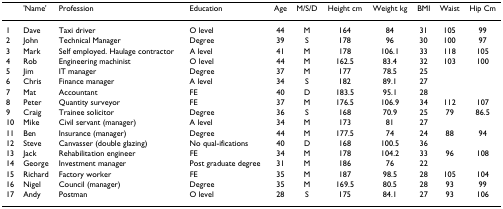
<table><thead><tr><td></td><td><b>&#x27;Name&#x27;</b></td><td><b>Profession</b></td><td><b>Education</b></td><td><b>Age</b></td><td><b>M/S/D</b></td><td><b>Height cm</b></td><td><b>Weight kg</b></td><td><b>BMI</b></td><td><b>Waist</b></td><td><b>Hip Cm</b></td></tr></thead><tbody><tr><td>1</td><td>Dave</td><td>Taxi driver</td><td>O level</td><td>44</td><td>M</td><td>164</td><td>84</td><td>31</td><td>105</td><td>99</td></tr><tr><td>2</td><td>John</td><td>Technical Manager</td><td>Degree</td><td>39</td><td>S</td><td>178</td><td>96</td><td>30</td><td>100</td><td>97</td></tr><tr><td>3</td><td>Mark</td><td>Self employed. Haulage contractor</td><td>A level</td><td>41</td><td>M</td><td>178</td><td>106.1</td><td>33</td><td>118</td><td>105</td></tr><tr><td>4</td><td>Rob</td><td>Engineering machinist</td><td>O level</td><td>44</td><td>M</td><td>162.5</td><td>83.4</td><td>32</td><td>103</td><td>100</td></tr><tr><td>5</td><td>Jim</td><td>IT manager</td><td>Degree</td><td>37</td><td>M</td><td>177</td><td>78.5</td><td>25</td><td></td><td></td></tr><tr><td>6</td><td>Chris</td><td>Finance manager</td><td>A level</td><td>34</td><td>S</td><td>182</td><td>89.1</td><td>27</td><td></td><td></td></tr><tr><td>7</td><td>Mat</td><td>Accountant</td><td>FE</td><td>40</td><td>D</td><td>183.5</td><td>95.1</td><td>28</td><td></td><td></td></tr><tr><td>8</td><td>Peter</td><td>Quantity surveyor</td><td>FE</td><td>37</td><td>M</td><td>176.5</td><td>106.9</td><td>34</td><td>112</td><td>107</td></tr><tr><td>9</td><td>Craig</td><td>Trainee solicitor</td><td>Degree</td><td>36</td><td>S</td><td>168</td><td>70.9</td><td>25</td><td>79</td><td>86.5</td></tr><tr><td>10</td><td>Mike</td><td>Civil servant (manager)</td><td>A level</td><td>34</td><td>M</td><td>173</td><td>81</td><td>27</td><td></td><td></td></tr><tr><td>11</td><td>Ben</td><td>Insurance (manager)</td><td>Degree</td><td>44</td><td>M</td><td>177.5</td><td>74</td><td>24</td><td>88</td><td>94</td></tr><tr><td>12</td><td>Steve</td><td>Canvasser (double glazing)</td><td>No qual-ifications</td><td>40</td><td>D</td><td>168</td><td>100.5</td><td>36</td><td></td><td></td></tr><tr><td>13</td><td>Jack</td><td>Rehabilitation engineer</td><td>FE</td><td>34</td><td>M</td><td>178</td><td>104.2</td><td>33</td><td>96</td><td>108</td></tr><tr><td>14</td><td>George</td><td>Investment manager</td><td>Post graduate degree</td><td>31</td><td>M</td><td>186</td><td>76</td><td>22</td><td></td><td></td></tr><tr><td>15</td><td>Richard</td><td>Factory worker</td><td>FE</td><td>35</td><td>M</td><td>187</td><td>98.5</td><td>28</td><td>105</td><td>104</td></tr><tr><td>16</td><td>Nigel</td><td>Council (manager)</td><td>Degree</td><td>35</td><td>M</td><td>169.5</td><td>80.5</td><td>28</td><td>93</td><td>99</td></tr><tr><td>17</td><td>Andy</td><td>Postman</td><td>O level</td><td>28</td><td>S</td><td>175</td><td>84.1</td><td>27</td><td>93</td><td>106</td></tr></tbody></table>